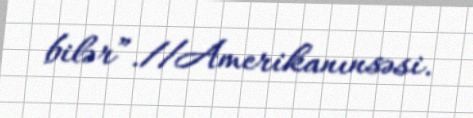
bilər”.//Amerikanınsəsi.